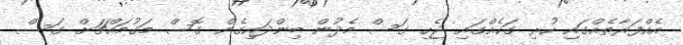
އެއްފަރާތެއްގައި ހުރި ގަހެއްގައި ޖެހި ގަސް މެދުން ބިންދައިގެން ގޮސް މަގުމައްޗަށް ގަސް